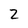
Character: 2